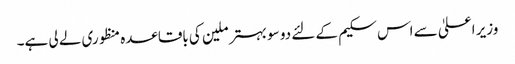
وزیر اعلیٰ سے اس سکیم کے لئے دو سو بہتر ملین کی باقاعدہ منظوری لے لی ہے۔